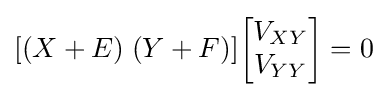
[(X+E)\;(Y+F)]{\begin{bmatrix}V_{XY}\\V_{YY}\end{bmatrix}}=0